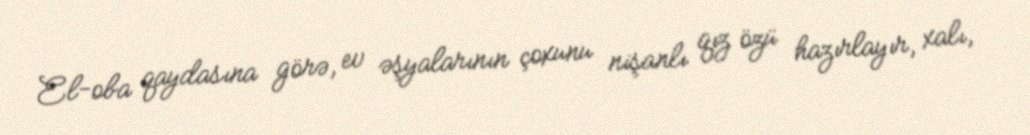
El-oba qaydasına görə, ev əşyalarının çoxunu nişanlı qız özü hazırlayır, xalı,